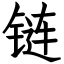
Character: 链